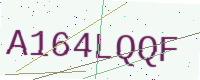
Text: A164LQQF